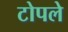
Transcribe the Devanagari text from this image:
टोपले